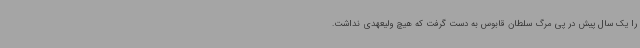
را یک سال پیش در پی مرگ سلطان قابوس به دست گرفت که هیچ ولیعهدی نداشت.